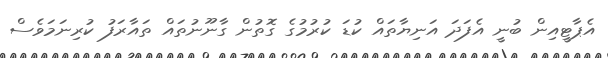
އެޕާޓީއިން ބުނީ އެފަދަ އަނިޔާތަައް ކުޑަ ކުރުމުގެ ގޮތުން ގާނޫނުތައް ތައާރަފު ކުރިނަމަވެސް